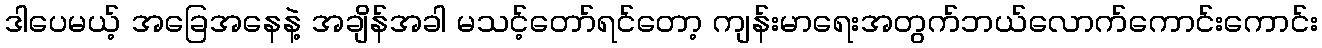
ဒါပေမယ့် အခြေအနေနဲ့ အချိန်အခါ မသင့်တော်ရင်တော့ ကျန်းမာရေးအတွက်ဘယ်လောက်ကောင်းကောင်း